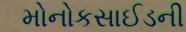
મોનોકસાઈડની